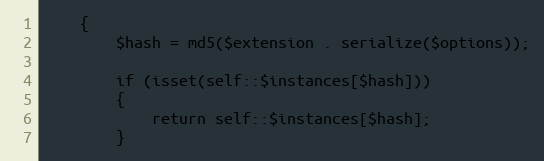
Language: PHP
	{
		$hash = md5($extension . serialize($options));

		if (isset(self::$instances[$hash]))
		{
			return self::$instances[$hash];
		}